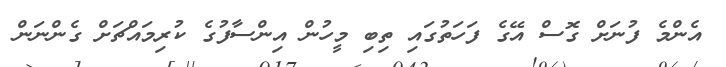
އެންމެ ފުނަށް ގޮސް އޭގެ ފަހަތުގައި ތިބި މީހުން އިންސާފުގެ ކުރިމައްޗަށް ގެންނަން